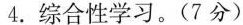
4.综合性学习。(7分)